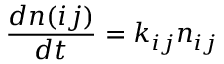
\frac { d n ( i j ) } { d t } = k _ { i j } n _ { i j }